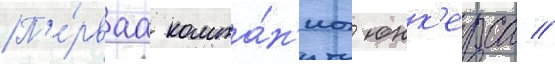
П'е́рваа компа́н'иа юнк'ерса //